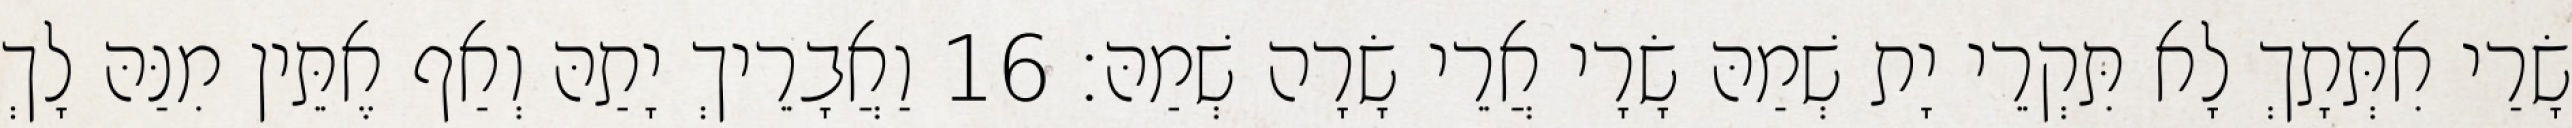
שָׂרַי אִתְּתָךְ לָא תִּקְרֵי יָת שְׁמַהּ שָׂרָי אֲרֵי שָׂרָה שְׁמַהּ׃ 16 וַאֲבָרֵיךְ יָתַהּ וְאַף אֶתֵּין מִנַּהּ לָךְ